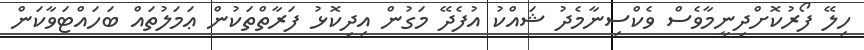
ހިލޭ ފޯރުކޮށްދިނީމާވެސް ވެކްސިނާމެދު ޝައްކު އުފެދޭ މަގުން އިދިކޮޅު ފަރާތްތަކުން ޢަމަލުތައް ބަހައްޓަވާކަން